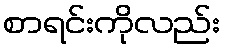
စာရင်းကိုလည်း